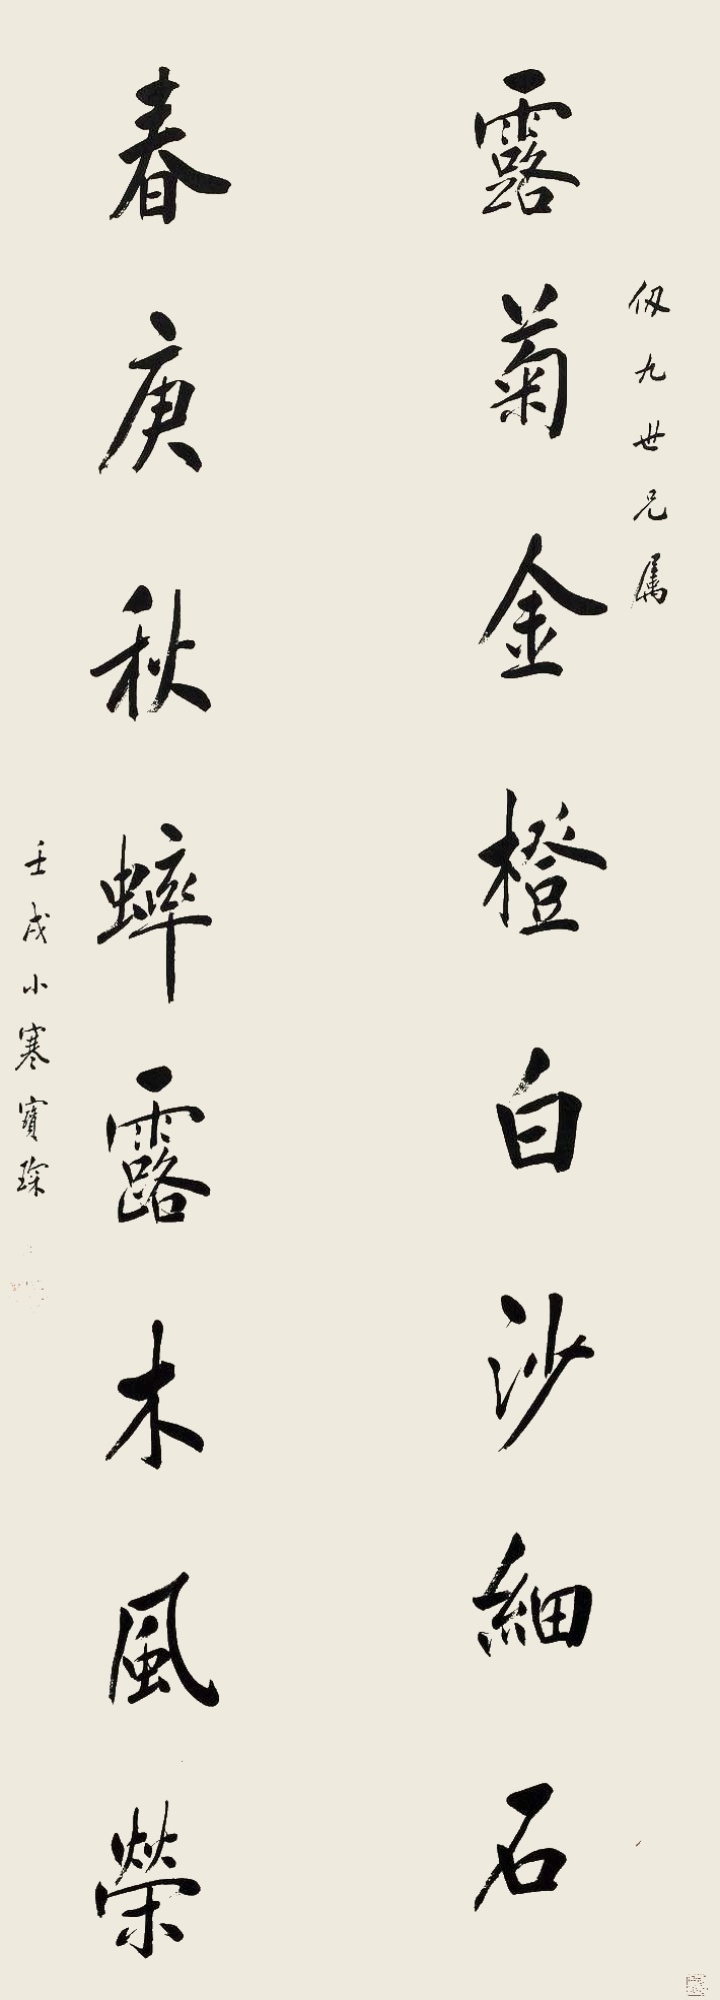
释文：露菊金橙白沙细石，春庚秋蟀露木风荣。仭九世兄属，壬戌小寒，宝琛。